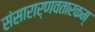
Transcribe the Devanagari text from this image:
संसारार्णवतारकम्